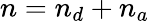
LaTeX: n=n_{d}+n_{a}